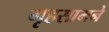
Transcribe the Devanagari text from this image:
गृहसामने